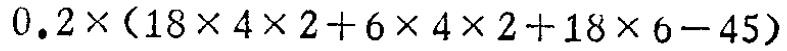
$0.2\times(18\times 4\times 2 + 6\times 4\times 2+18\times 6 - 45)$